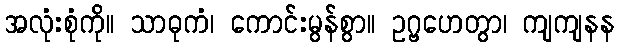
အလုံးစုံကို။ သာဓုကံ၊ ကောင်းမွန်စွာ။ ဥဂ္ဗဟေတွာ၊ ကျကျနန